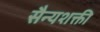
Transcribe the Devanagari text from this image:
सैन्यशक्ती